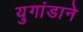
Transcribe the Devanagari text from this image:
युगांडाने